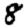
Digit: 8